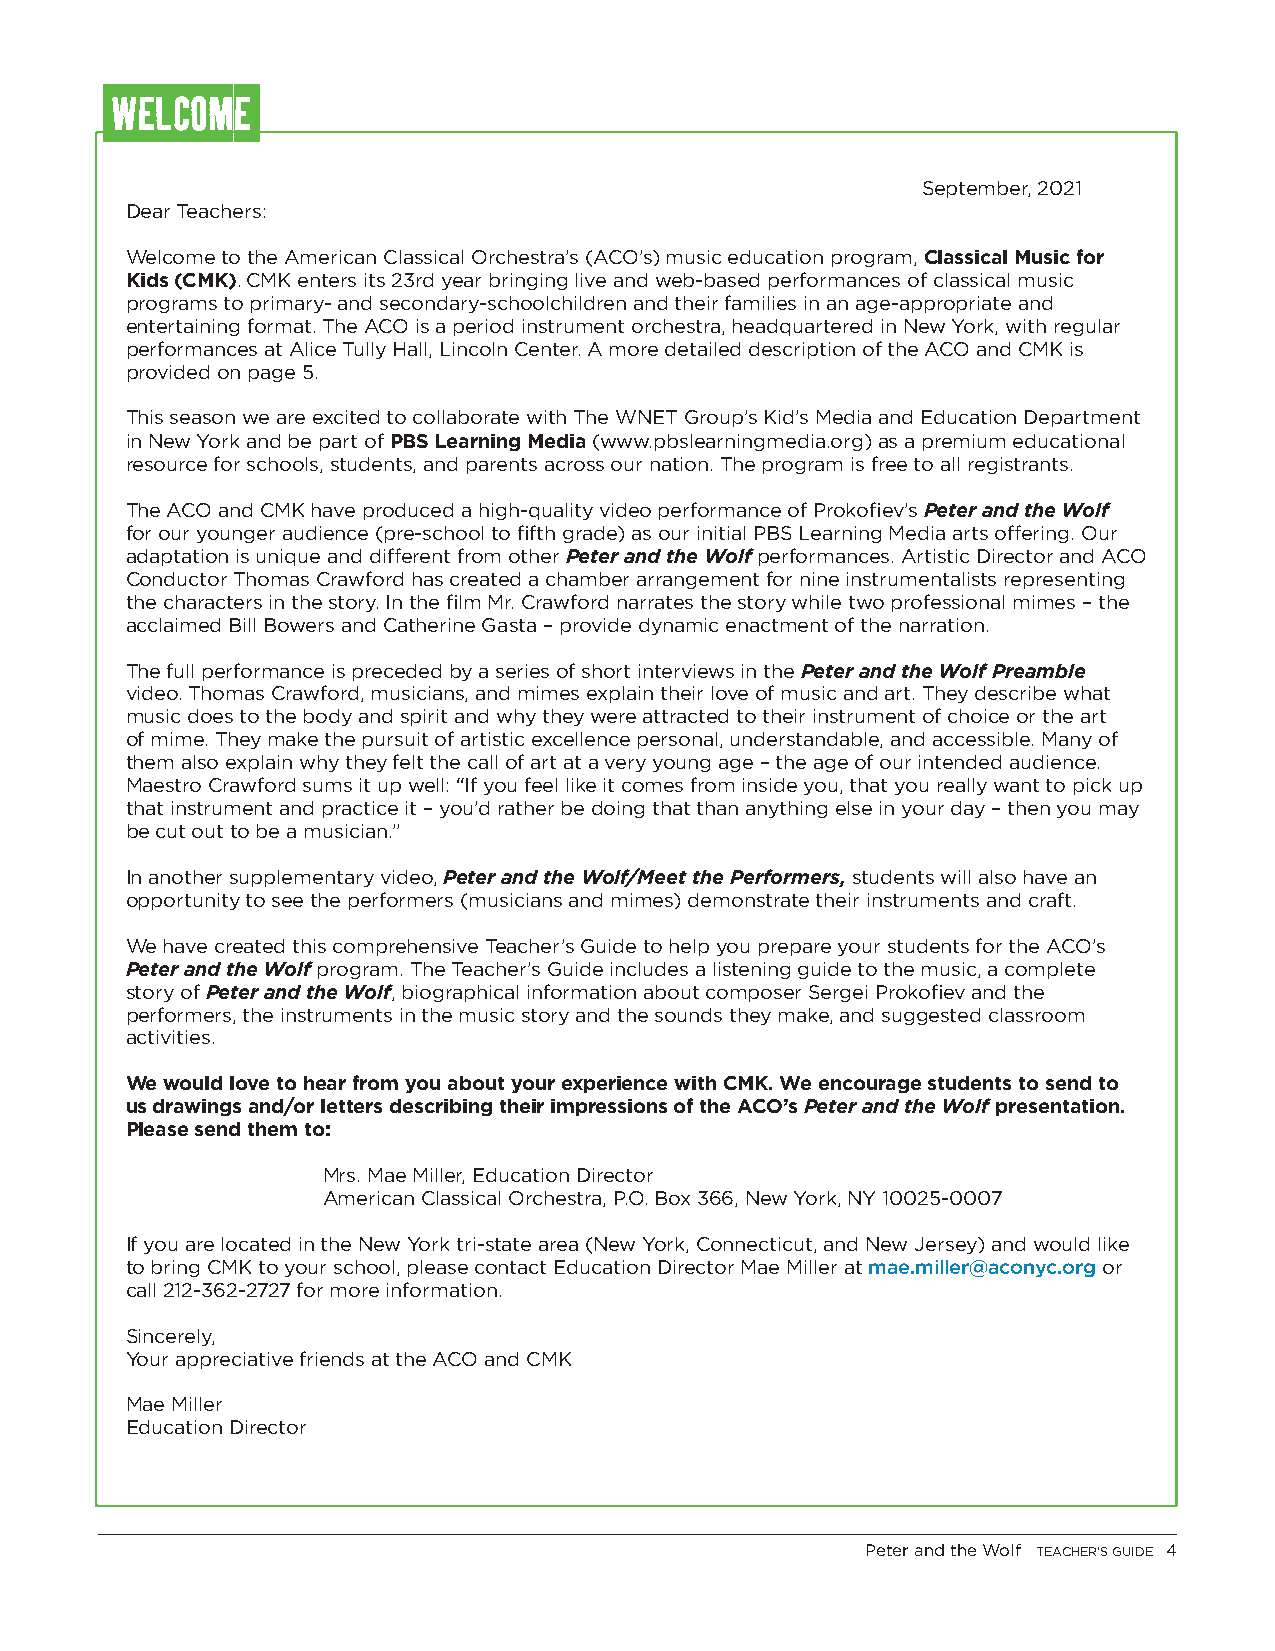
WELCOME
 September, 2021
 Dear Teachers:
 Welcome to the American Classical Orchestra’s (ACO’s) music education program, Classical Music for
 Kids (CMK). CMK enters its 23rd year bringing live and web-based performances of classical music
 programs to primary- and secondary-schoolchildren and their families in an age-appropriate and
 entertaining format. The ACO is a period instrument orchestra, headquartered in New York, with regular
 performances at Alice Tully Hall, Lincoln Center. A more detailed description of the ACO and CMK is
 provided on page 5.
 This season we are excited to collaborate with The WNET Group’s Kid’s Media and Education Department
 in New York and be part of PBS Learning Media (www.pbslearningmedia.org) as a premium educational
 resource for schools, students, and parents across our nation. The program is free to all registrants.
 The ACO and CMK have produced a high-quality video performance of Prokofiev’s Peter and the Wolf
 for our younger audience (pre-school to fifth grade) as our initial PBS Learning Media arts offering. Our
 adaptation is unique and different from other Peter and the Wolf performances. Artistic Director and ACO
 Conductor Thomas Crawford has created a chamber arrangement for nine instrumentalists representing
 the characters in the story. In the film Mr. Crawford narrates the story while two professional mimes – the
 acclaimed Bill Bowers and Catherine Gasta – provide dynamic enactment of the narration.
 The full performance is preceded by a series of short interviews in the Peter and the Wolf Preamble
 video. Thomas Crawford, musicians, and mimes explain their love of music and art. They describe what
 music does to the body and spirit and why they were attracted to their instrument of choice or the art
 of mime. They make the pursuit of artistic excellence personal, understandable, and accessible. Many of
 them also explain why they felt the call of art at a very young age – the age of our intended audience.
 Maestro Crawford sums it up well: “If you feel like it comes from inside you, that you really want to pick up
 that instrument and practice it – you’d rather be doing that than anything else in your day – then you may
 be cut out to be a musician.”
 In another supplementary video, Peter and the Wolf/Meet the Performers, students will also have an
 opportunity to see the performers (musicians and mimes) demonstrate their instruments and craft.
 We have created this comprehensive Teacher’s Guide to help you prepare your students for the ACO’s
 Peter and the Wolf program. The Teacher’s Guide includes a listening guide to the music, a complete
 story of Peter and the Wolf, biographical information about composer Sergei Prokofiev and the
 performers, the instruments in the music story and the sounds they make, and suggested classroom
 activities.
 We would love to hear from you about your experience with CMK. We encourage students to send to
 us drawings and/or letters describing their impressions of the ACO’s Peter and the Wolf presentation.
 Please send them to:
 Mrs. Mae Miller, Education Director
 American Classical Orchestra, P.O. Box 366, New York, NY 10025-0007
 If you are located in the New York tri-state area (New York, Connecticut, and New Jersey) and would like
 to bring CMK to your school, please contact Education Director Mae Miller at mae.miller@aconyc.org or
 call 212-362-2727 for more information.
 Sincerely,
 Your appreciative friends at the ACO and CMK
 Mae Miller
 Education Director
 Peter and the Wolf TEACHER’S GUIDE 4